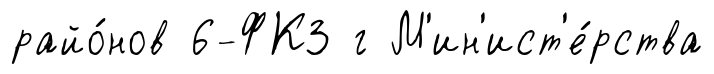
райо́нов 6-ФКЗ г М'ин'ист'е́рства